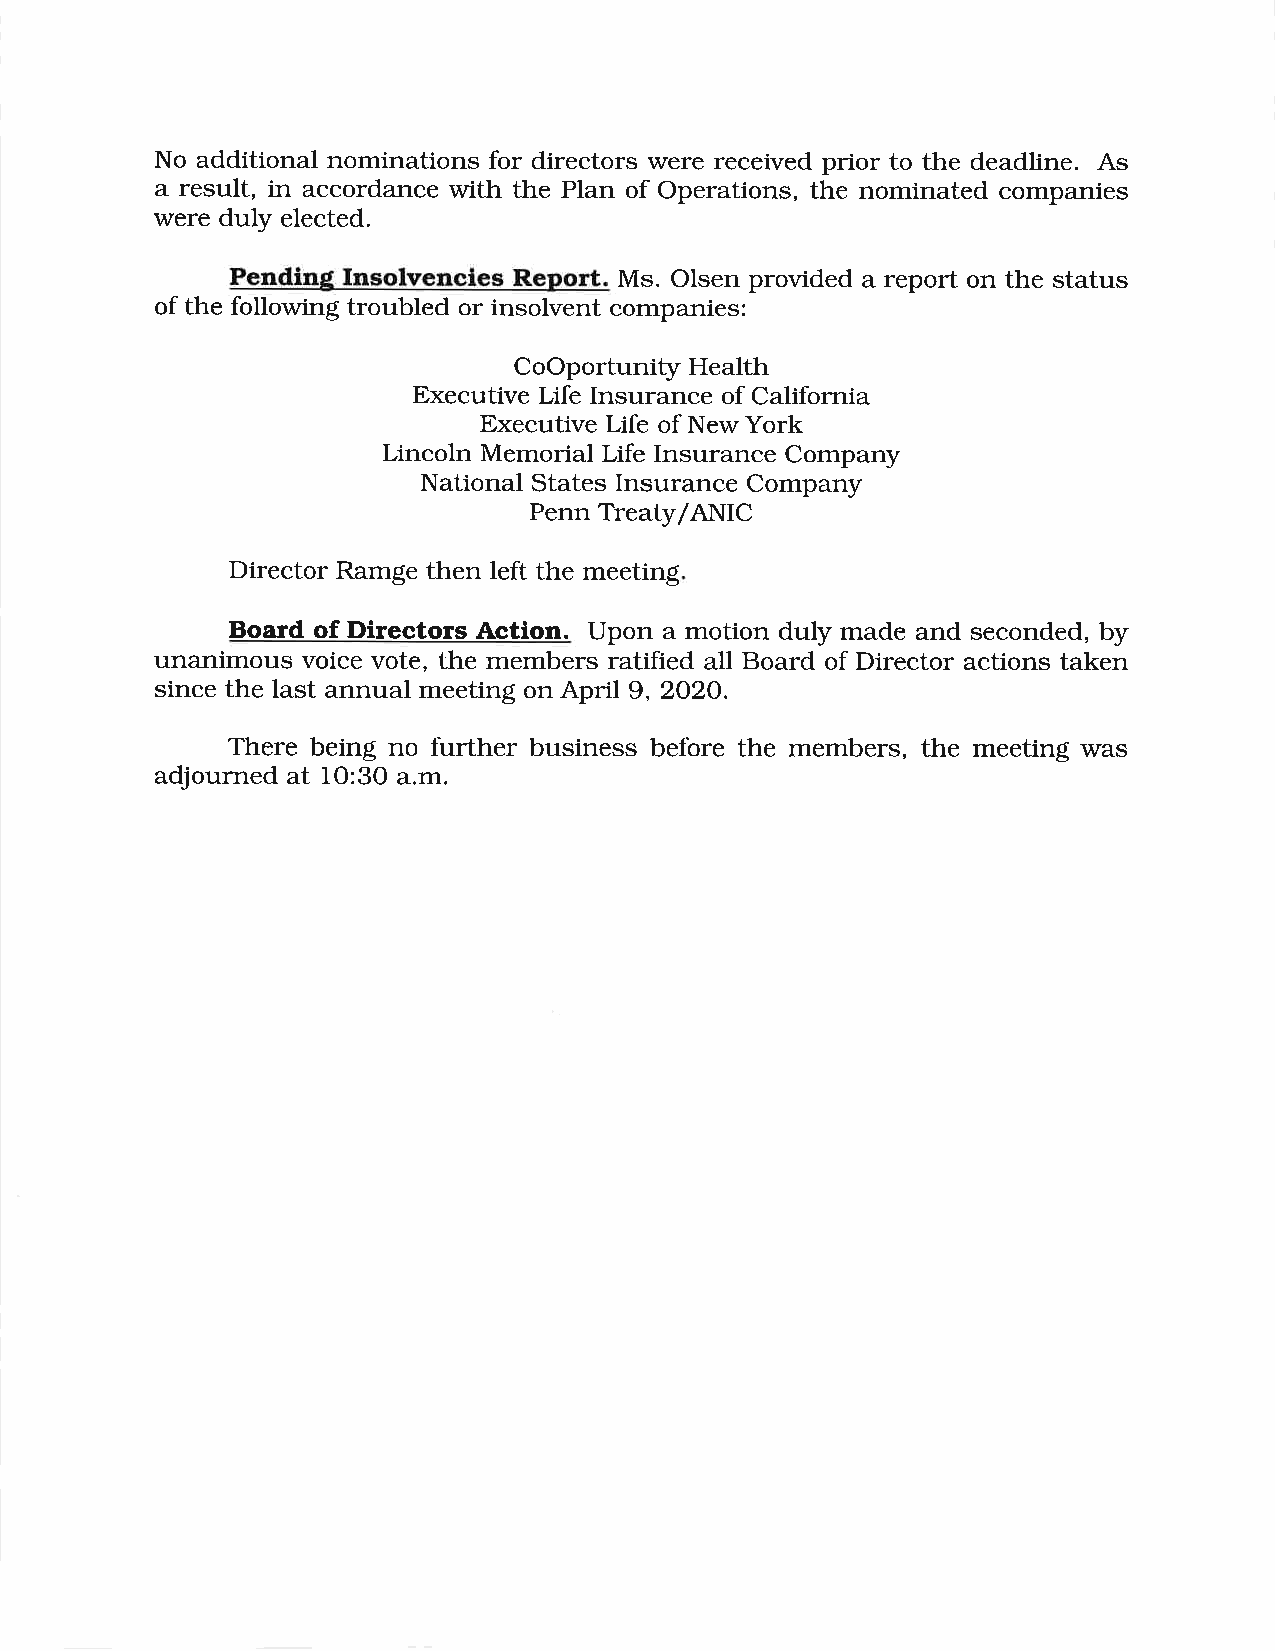
No additional nominations for directors were received prior to the deadline. As
 a result, in accordance with the Plan of Operations, the nominated companies
 were duly elected.
 Pending Insolvencies Report. Ms. Olsen provided a report on the status
 of the following troubled or insolvent companies:
 CoOportunity Health
 Executive Life Insurance of California
 Executive Life of New York
 Lincoln Memorial Life Insurance Company
 National States Insurance Company
 Penn Treaty/ANIC
 Director Ramge then left the meeting
 Board of Directors Action. Upon a motion duly made and seconded, by
 unanimous voice vote, the members ratified all Board of Director actions taken
 since the last annual meeting on April 9, 2O2O.
 There being no further business before the members, the meeting was
 adjourned at 1O:3O a.m.